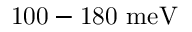
\mathrm { 1 0 0 - 1 8 0 ~ m e V }